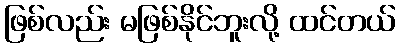
ဖြစ်လည်း မဖြစ်နိုင်ဘူးလို့ ထင်တယ်